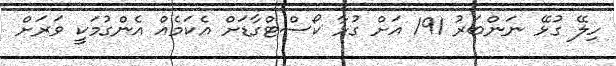
ހިލޭ ގުޅޭ ނަންބަރު 191 އަށް ގުޅާ ކޯސްޓްގާޑަށް އެކަމެއް އެންގުމަކީ ވަރަށް